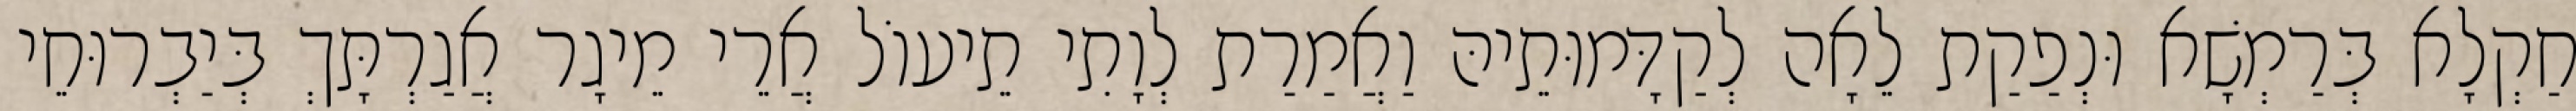
חַקְלָא בְּרַמְשָׁא וּנְפַקַת לֵאָה לְקַדָּמוּתֵיהּ וַאֲמַרַת לְוָתִי תֵיעוֹל אֲרֵי מֵיגָר אֲגַרְתָּךְ בְּיַבְרוּחֵי